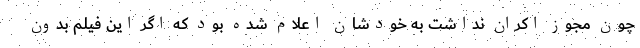
چون مجوز اکران نداشت به خود‌شان اعلام شده بود که اگر این فیلم بدون